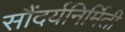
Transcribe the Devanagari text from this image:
सौंदर्यनिर्मिती